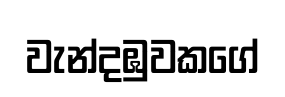
වැන්දඹුවකගේ